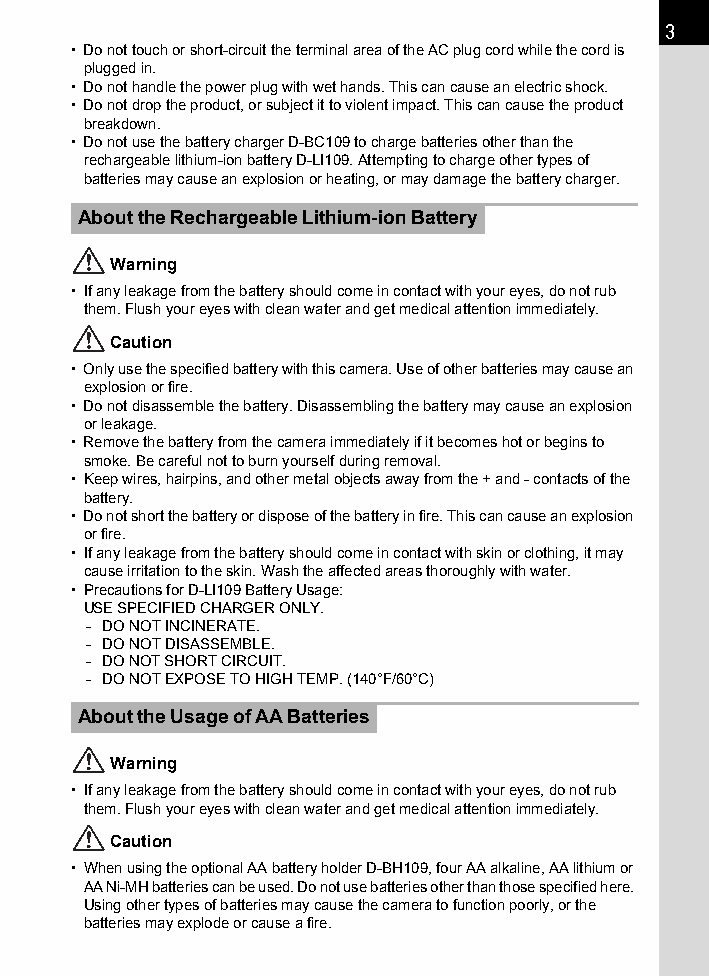
3
 • Do not touch or short-circuit the terminal area of the AC plug cord while the cord is
 plugged in.
 • Do not handle the power plug with wet hands. This can cause an electric shock.
 • Do not drop the product, or subject it to violent impact. This can cause the product
 breakdown.
 • Do not use the battery charger D-BC109 to charge batteries other than the
 rechargeable lithium-ion battery D-LI109. Attempting to charge other types of
 batteries may cause an explosion or heating, or may damage the battery charger.
 About the Rechargeable Lithium-ion Battery
 Warning
 • If any leakage from the battery should come in contact with your eyes, do not rub
 them. Flush your eyes with clean water and get medical attention immediately.
 Caution
 • Only use the specified battery with this camera. Use of other batteries may cause an
 explosion or fire.
 • Do not disassemble the battery. Disassembling the battery may cause an explosion
 or leakage.
 • Remove the battery from the camera immediately if it becomes hot or begins to
 smoke. Be careful not to burn yourself during removal.
 • Keep wires, hairpins, and other metal objects away from the + and - contacts of the
 battery.
 • Do not short the battery or dispose of the battery in fire. This can cause an explosion
 or fire.
 • If any leakage from the battery should come in contact with skin or clothing, it may
 cause irritation to the skin. Wash the affected areas thoroughly with water.
 • Precautions for D-LI109 Battery Usage:
 USE SPECIFIED CHARGER ONLY.
 - DO NOT INCINERATE.
 - DO NOT DISASSEMBLE.
 - DO NOT SHORT CIRCUIT.
 - DO NOT EXPOSE TO HIGH TEMP. (140°F/60°C)
 About the Usage of AA Batteries
 Warning
 • If any leakage from the battery should come in contact with your eyes, do not rub
 them. Flush your eyes with clean water and get medical attention immediately.
 Caution
 • When using the optional AA battery holder D-BH109, four AA alkaline, AA lithium or
 AA Ni-MH batteries can be used. Do not use batteries other than those specified here.
 Using other types of batteries may cause the camera to function poorly, or the
 batteries may explode or cause a fire.